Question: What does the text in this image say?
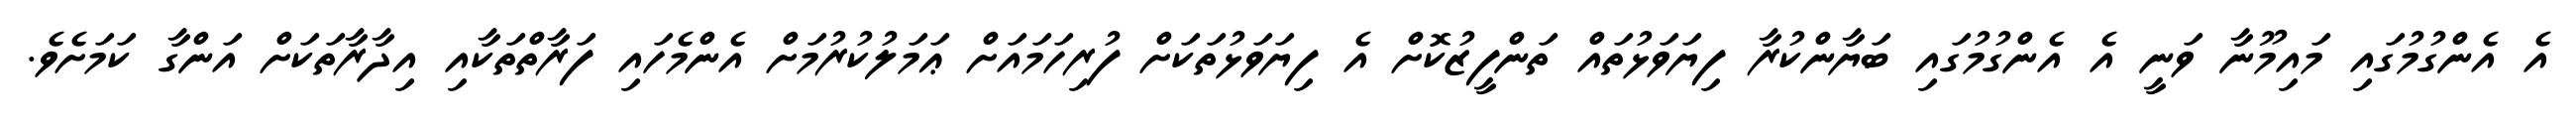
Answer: އެ އެންގުމުގައި މައިމޫނާ ވަނީ އެ އެންގުމުގައި ބަޔާންކުރާ ފިޔަވަޅުތައް ތަންފީޒުކޮށް އެ ފިޔަވަޅުތަކަށް ފުރިހަމައަށް ޢަމަލުކުރުމަށް އެންމެހައި ފަރާތްތަކާއި އިދާރާތަކަށް އަންގާ ކަމަށެވެ.